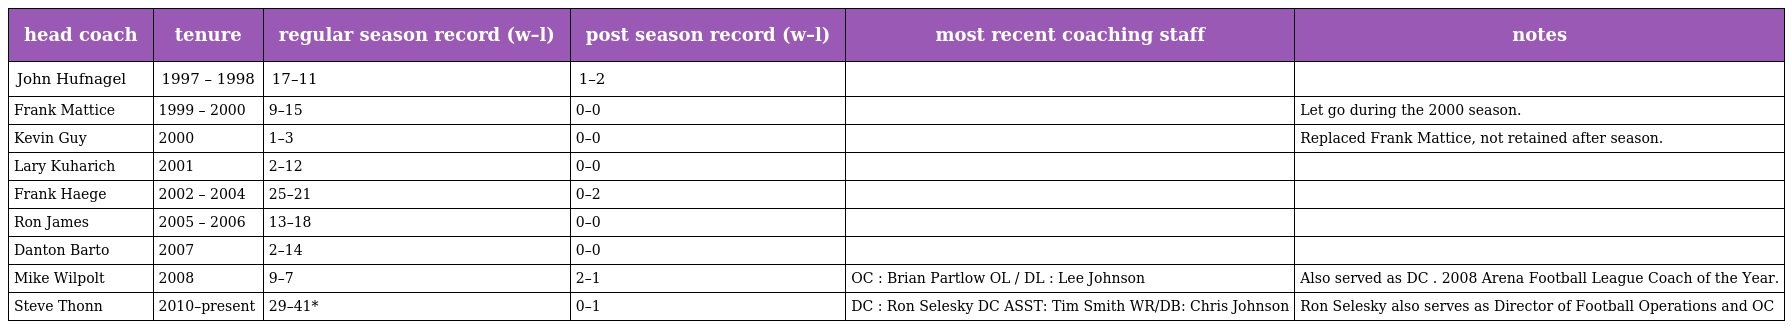
| head coach | tenure | regular season record (w–l) | post season record (w–l) | most recent coaching staff | notes |
 | --- | --- | --- | --- | --- | --- |
 | John Hufnagel | 1997 – 1998 | 17–11 | 1–2 |  |  |
 | Frank Mattice | 1999 – 2000 | 9–15 | 0–0 |  | Let go during the 2000 season. |
 | Kevin Guy | 2000 | 1–3 | 0–0 |  | Replaced Frank Mattice, not retained after season. |
 | Lary Kuharich | 2001 | 2–12 | 0–0 |  |  |
 | Frank Haege | 2002 – 2004 | 25–21 | 0–2 |  |  |
 | Ron James | 2005 – 2006 | 13–18 | 0–0 |  |  |
 | Danton Barto | 2007 | 2–14 | 0–0 |  |  |
 | Mike Wilpolt | 2008 | 9–7 | 2–1 | OC : Brian Partlow OL / DL : Lee Johnson | Also served as DC . 2008 Arena Football League Coach of the Year. |
 | Steve Thonn | 2010–present | 29–41* | 0–1 | DC : Ron Selesky DC ASST: Tim Smith WR/DB: Chris Johnson | Ron Selesky also serves as Director of Football Operations and OC |